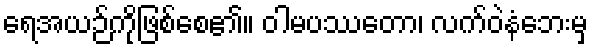
ရေအယဉ်ကိုဖြစ်စေ၏။ ဝါမပဿတော၊ လက်ဝဲနံဘေးမှ